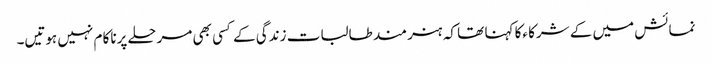
نمائش میں کے شرکا ءکا کہنا تھا کہ ہنر مند طالبات زندگی کے کسی بھی مرحلے پرناکا م نہیں ہوتیں۔